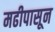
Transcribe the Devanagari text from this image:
मढीपासून